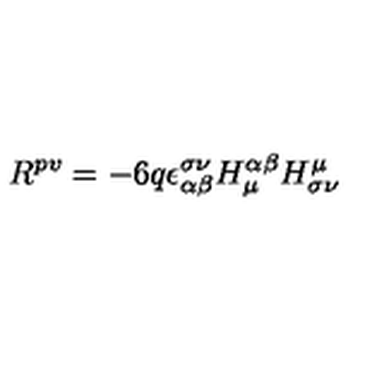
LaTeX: R ^ { p v } = - 6 q \epsilon _ { \alpha \beta } ^ { \sigma \nu } H _ { \mu } ^ { \alpha \beta } H _ { \sigma \nu } ^ { \mu }